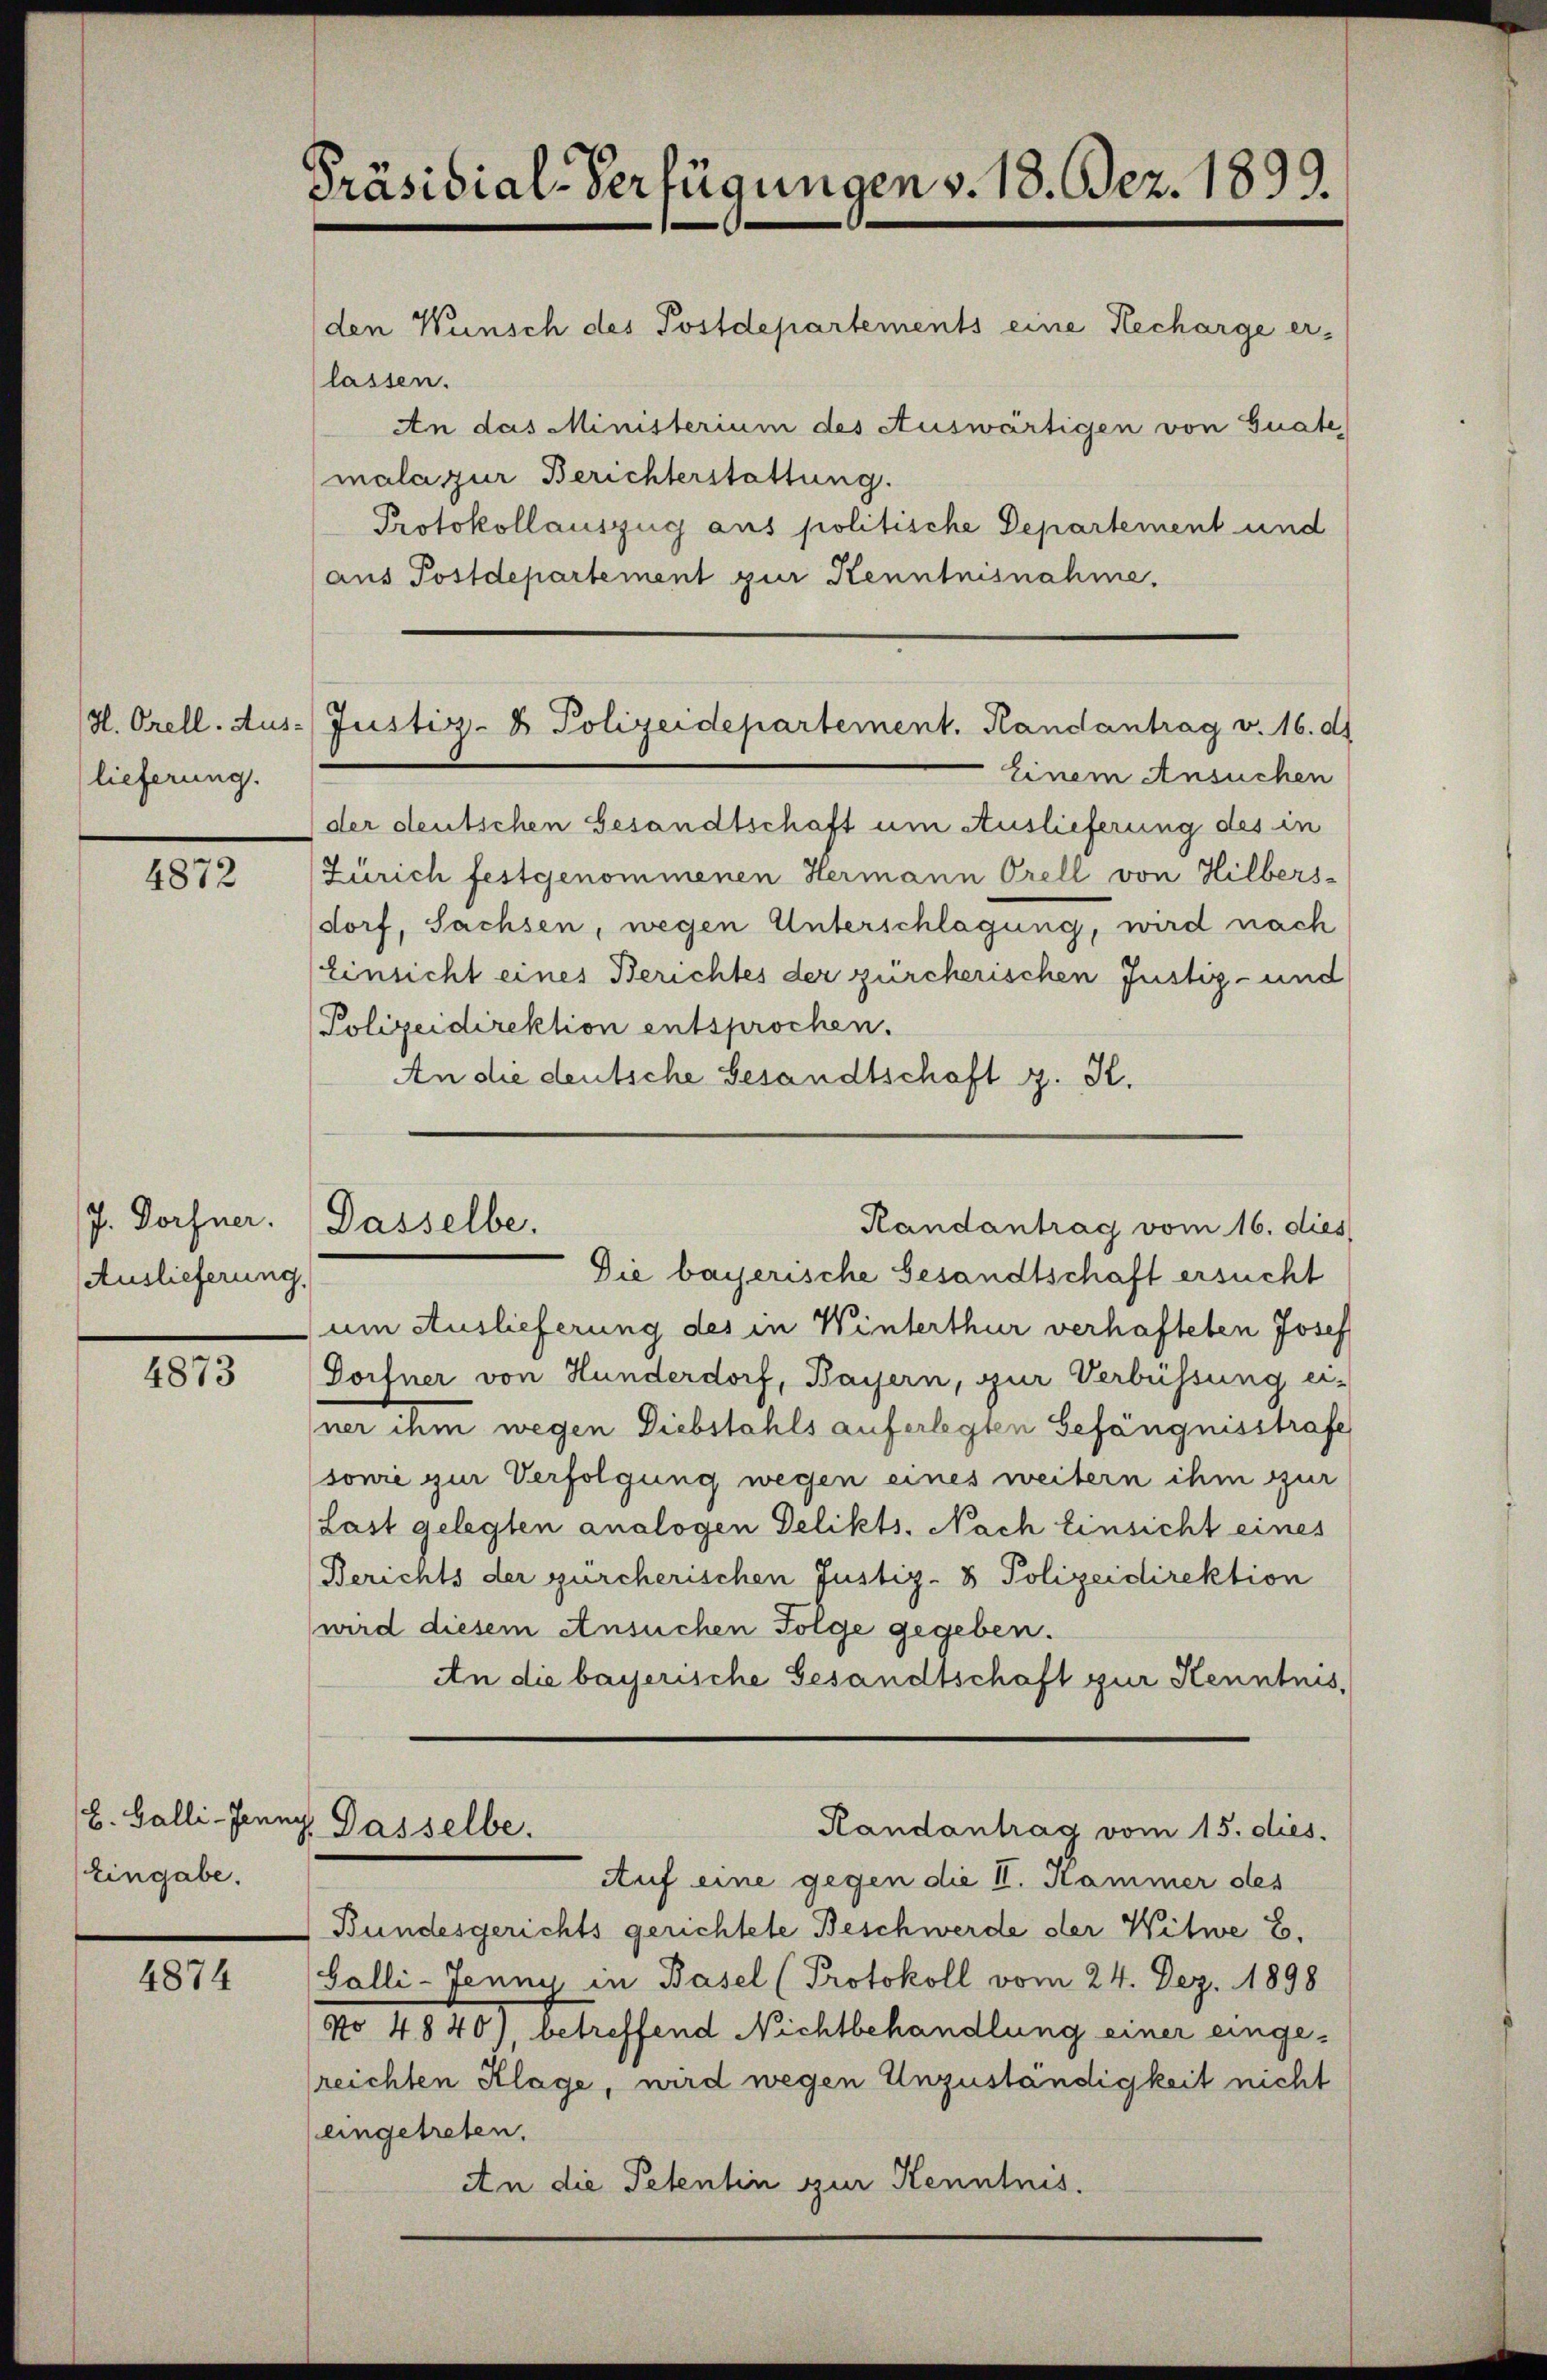
H. Orell. Aus-
lieferung.

4872

J. Dorfner.
Auslieferung.

4873

L. Galli-Jenn
Eingabe.

4874

Präsidial-Verfügungen v. 18. Dez. 1899.
den Wünsch des Postdepartements eine Recharge er-
lassen.
An das Ministerium des Auswärtigen von Guate,
mala zur Berichterstattung.
Protokollauszug aus politische Departement und

Einem Ansuchen
der deutschen Gesandtschaft um Auslieferung des in
Zürich festgenommenen Hermann Orell von Hilbers-
dorf, Sachsen, wegen Unterschlagung, wird nach
Einsicht eines Berichtes der zürcherischen Justiz- und
Polizeidirektion entsprochen.
An die deutsche Gesandtschaft z. K.

(aus Postdepartement zur Kenntnisnahme.

Justiz- & Polizeidepartement. Randantrag v. 16. d.

Die bayerische Gesandtschaft ersucht
um Auslieferung des in Winterthur verhafteten Josef
Dorfner von Hunderdorf, Bayern, zur Verbüssung er-
ner ihm wegen Diebstahls auferlegten Gefängnisstrafe
sonie zur Verfolgung wegen eines weitern ihm zur
(Last gelegten analogen Delikts. Nach Einsicht eines
Berichts der zürcherischen Justiz- & Polizeidirektion
wird diesem Ansuchen Folge gegeben.
An die bayerische Gesandtschaft zur Kenntnis,
g. Dasselbe.
Handantrag vom 15. dies.
Auf eine gegen die II. Hammer des
Bundesgerichts gerichtete Beschwerde der Witwe E.
Galli-Jenny in Basel (Protokoll vom 24. Dez. 1898
No 4840), betreffend Nichtbehandlung einer eingereichten Klage, wird wegen Unzuständigkeit nicht
eingetreten.
An die Petentin zur Kenntnis.

Randantrag vom 16. dies
Dasselbe.